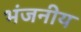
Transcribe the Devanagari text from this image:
भंजनीय